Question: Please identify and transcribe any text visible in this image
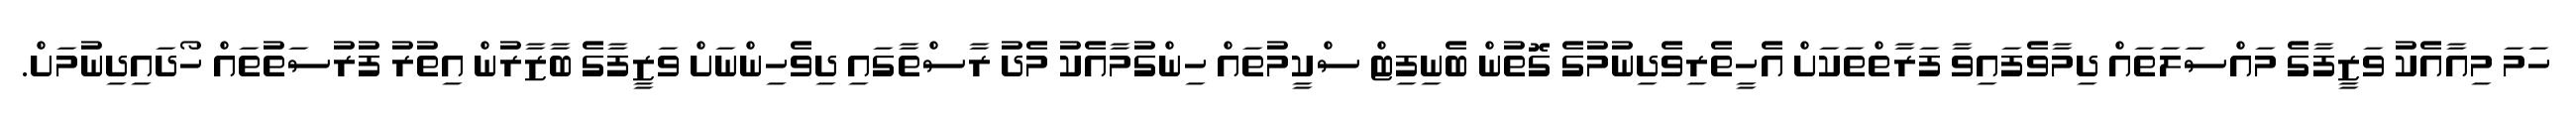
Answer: ހަމަ މިއާއެކު ވަޒީފާގެ މައްސަލަތައް ދިމާވެފައިވާ ފަރާތްތަކަށް އެހީތެރިވެދިނުމުގެ ގޮތުން ބެނިފިޓް ސްކީމުތައް ހިންގުމާއެކު މެދު ރާސްތާގައި ދިވެހިންނަށް ވަޒީފާގެ ބާޒާރުން އިތުރު ފުރުސަތުތައް ހޯދައިދިނުމަށް.